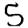
Digit: 5